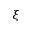
\xi